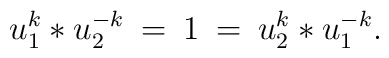
u_1^k * u_2^{-k} \: = \: 1 \: = \: u_2^k * u_1^{-k}.